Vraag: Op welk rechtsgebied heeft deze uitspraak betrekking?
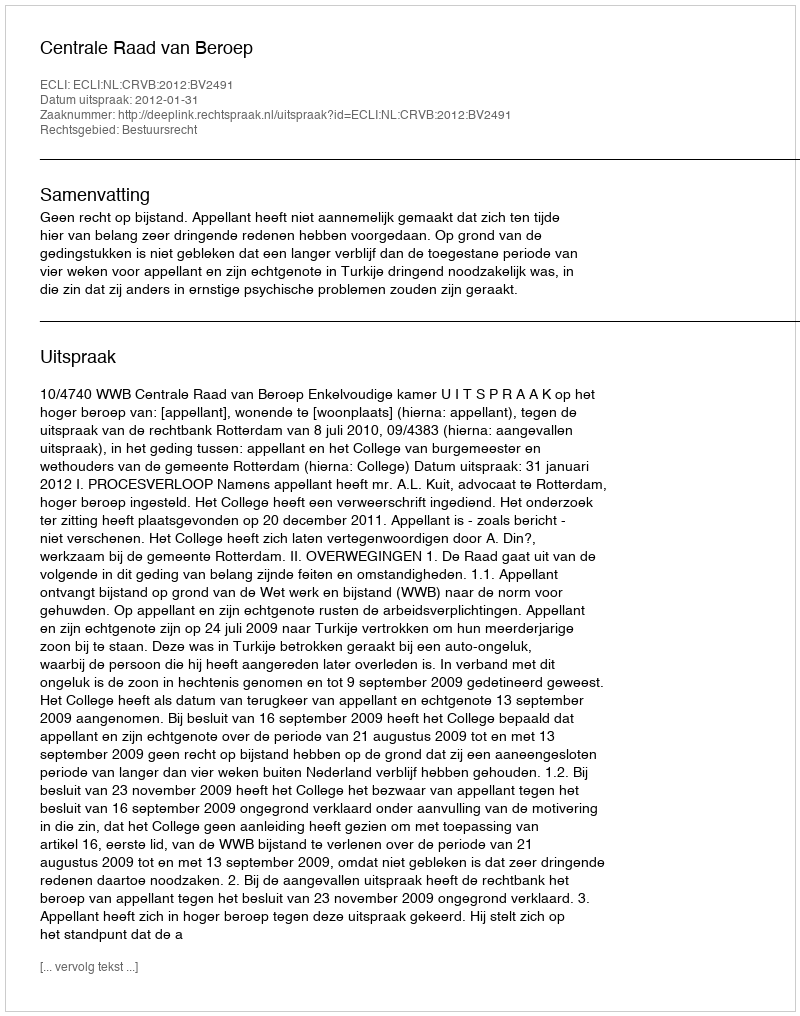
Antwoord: Bestuursrecht